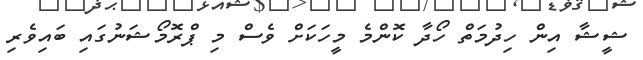
ޝީޝާ އިން ހިދުމަތް ހޯދާ ކޮންމެ މީހަކަށް ވެސް މި ޕްރޮމޯޝަނުގައި ބައިވެރި